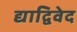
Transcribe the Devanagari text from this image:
द्याद्विवेद